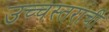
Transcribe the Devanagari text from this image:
उच्चस्तराची